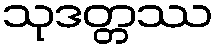
သုဒတ္တဿ